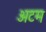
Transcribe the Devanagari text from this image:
अटम